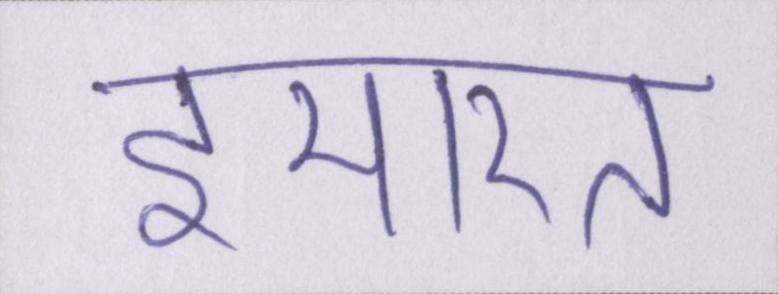
इमारत